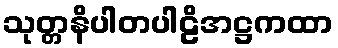
သုတ္တနိပါတပါဠိအဋ္ဌကထာ